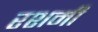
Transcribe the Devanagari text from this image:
रशमी